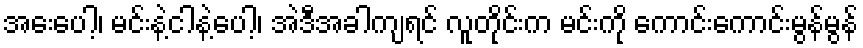
အေးပေါ့၊ မင်းနဲ့ငါနဲ့ပေါ့၊ အဲဒီအခါကျရင် လူတိုင်းက မင်းကို ကောင်းကောင်းမွန်မွန်